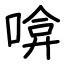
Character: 啽